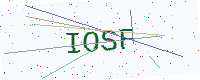
Text: IOSF